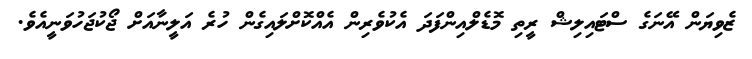
ޒެވިޔަން އޭނަގެ ސްޓައިލިޝް ރީތި މޮޑެލްއިންފަދަ އެކުވެރިން އެއްކޮށްލައިގެން ހުރެ އަލީނާއަށް ޖޯކުޖަހުވަނީއެވެ.